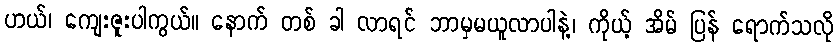
ဟယ်၊ ကျေးဇူးပါကွယ်။ နောက် တစ် ခါ လာရင် ဘာမှမယူလာပါနဲ့၊ ကိုယ့် အိမ် ပြန် ရောက်သလို